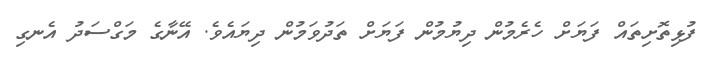
ފުޅިތޮށިތައް ފަޔަށް ހެރެމުން ދިޔުމުން ފަޔަށް ތަދުވަމުން ދިޔައެވެ. އޭނާގެ މަގްސަދު އެނގި